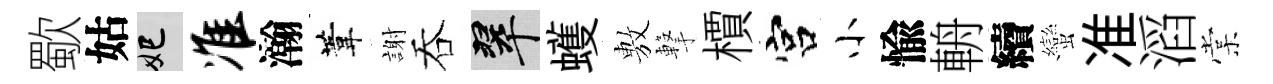
歜姑妃准瀚葦謝吞翠蠖𢾾撃檟宫小愉輈續蠻准滔棠